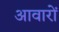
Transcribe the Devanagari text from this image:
आवारों